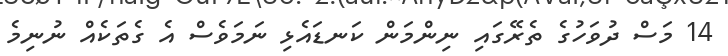
14 މަސް ދުވަހުގެ ތެރޭގައި ނިންމަން ކަނޑައެޅި ނަމަވެސް އެ ގެތަކެއް ނުނިމެ